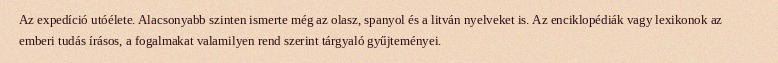
Az expedíció utóélete. Alacsonyabb szinten ismerte még az olasz, spanyol és a litván nyelveket is. Az enciklopédiák vagy lexikonok az emberi tudás írásos, a fogalmakat valamilyen rend szerint tárgyaló gyűjteményei.